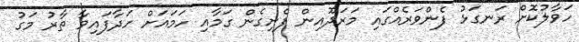
ހަވާލުކޮށް ރަނގަޅު ފެންވަރެއްގައި މަރަދޫއިން ފެށިގެން ގަމާއި ހަމައަށް ހަދާފައިވާ ތާރު މަގު